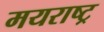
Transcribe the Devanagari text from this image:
मयराष्ट्र